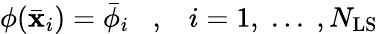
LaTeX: \phi(\bar{\mathbf{x}}_{i})=\bar{\phi}_{i}\; \; \; ,\; \; \; i=1,\; ...\; ,N_{\mathrm{LS}}